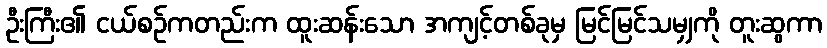
ဦးကြီး၏ ငယ်စဉ်ကတည်းက ထူးဆန်းသော အကျင့်တစ်ခုမှ မြင်မြင်သမျှကို တူးဆွကာ